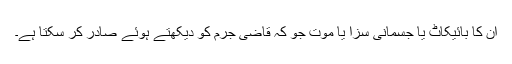
ان کا بائیکاٹ یا جسمانی سزا یا موت جو کہ قاضی جرم کو دیکھتے ہوئے صادر کر سکتا ہے۔